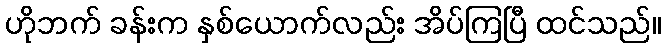
ဟိုဘက် ခန်းက နှစ်ယောက်လည်း အိပ်ကြပြီ ထင်သည်။